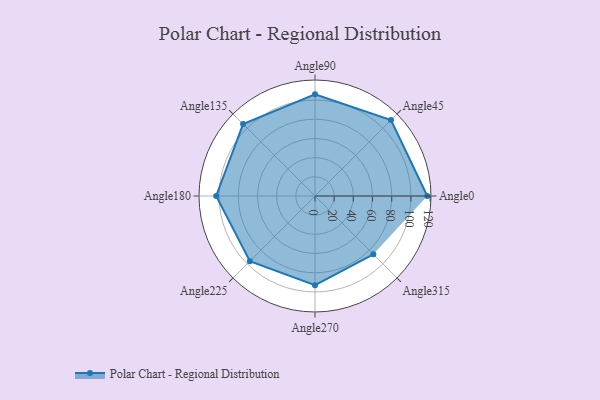
{"axis": {"x": "Angle", "y": "Radius"}, "legend": [""], "data": [{"x": "Angle0", "y": 117.0, "type": ""}, {"x": "Angle45", "y": 112.0, "type": ""}, {"x": "Angle90", "y": 106.0, "type": ""}, {"x": "Angle135", "y": 106.0, "type": ""}, {"x": "Angle180", "y": 103.0, "type": ""}, {"x": "Angle225", "y": 96.0, "type": ""}, {"x": "Angle270", "y": 93.0, "type": ""}, {"x": "Angle315", "y": 86.0, "type": ""}]}